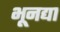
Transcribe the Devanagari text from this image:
भूनद्या